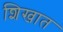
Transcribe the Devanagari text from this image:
शिखात